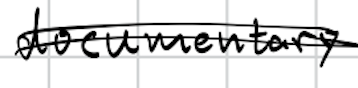
Text: documentary
Cross-out: double-line
Writing tool: digital_black